Civil Veterinary Dept. Bombay admin report 1914-1922 - 1914-1922
Year: 1914
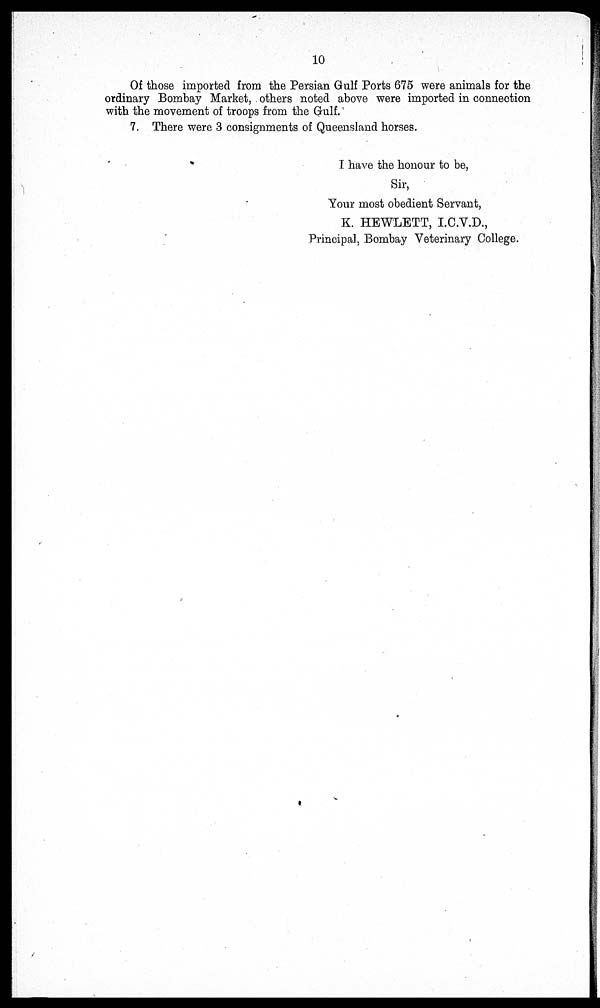
10
Of those imported from the Persian Gulf Ports 675 were animals for the
ordinary Bombay Market, others noted above were imported in connection
with the movement of troops from the Gulf.
7. There were 3 consignments of Queensland horses.
I have the honour to be,
Sir,
Your most obedient Servant,
K. HEWLETT, I.C.V.D.,
Principal, Bombay Veterinary College.